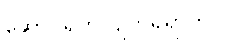
ဆောင်ရွက်လျက်ရှိရာတွင်